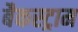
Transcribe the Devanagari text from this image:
बैकस्ट्राम